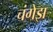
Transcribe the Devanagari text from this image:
चंगेझ